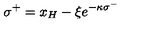
\: \sigma ^ { + } = x _ { H } - \xi e ^ { - \kappa \sigma ^ { - } } \: